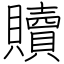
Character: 贖